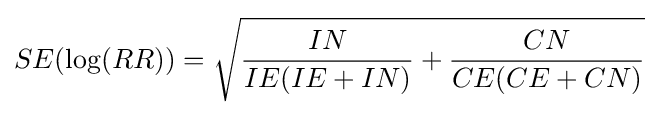
SE(\log(RR))={\sqrt {{\frac {IN}{IE(IE+IN)}}+{\frac {CN}{CE(CE+CN)}}}}